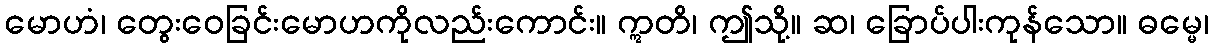
မောဟံ၊ တွေးဝေခြင်းမောဟကိုလည်းကောင်း။ ဣတိ၊ ဤသို့။ ဆ၊ ခြောပ်ပါးကုန်သော။ ဓမ္မေ၊